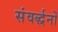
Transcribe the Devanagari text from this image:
संवर्द्धनों